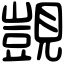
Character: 覬